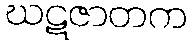
ဃဋဇာတက